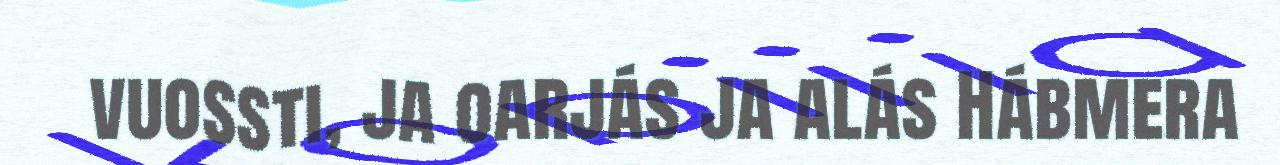
vuossti, ja oarjás ja alás Hábmera